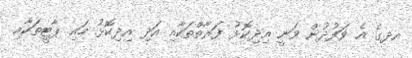
އދގެ އެ ވަފުދުން ވަނީ އިދިކޮޅު ފަރާތްތަކާއި އަދި އިދިކޮޅު މައި ޕާޓީތަކާއި